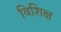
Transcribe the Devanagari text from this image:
विशिक्ष